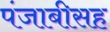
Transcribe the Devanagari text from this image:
पंजाबीसह